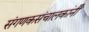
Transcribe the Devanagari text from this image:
संगणकसंचालकांनी